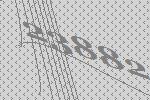
23882